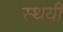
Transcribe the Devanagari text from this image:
स्थयी